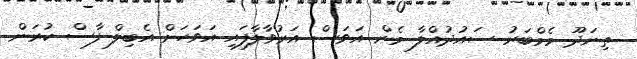
ތިނަދޫ މެމްބަރު ސައުދުއްލާ މެން އަވަސް އަރުވާލާފައި އަވަހަށް އެބިލް ފާސް ކުރަން